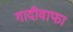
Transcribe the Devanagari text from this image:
गादीवाफा